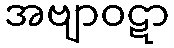
အဗျာဝဋာ